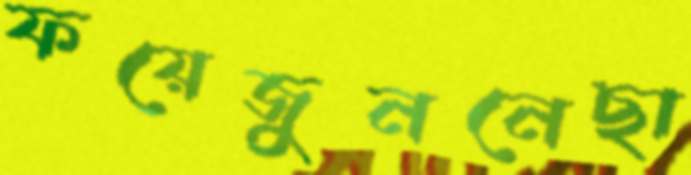
ফয়েজুননেছা